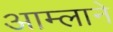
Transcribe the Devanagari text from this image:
आम्लाने